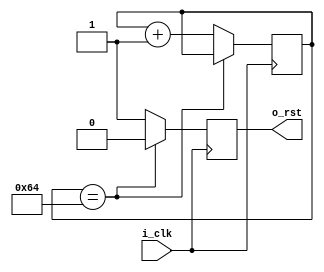
`timescale 1ns / 1ps
//////////////////////////////////////////////////////////////////////////////////
// Company: 
// Engineer: 
// 
// Design Name: 
// Module Name: rst_gen
// Project Name: 
// Target Devices: 
// Tool Versions: 
// Description: 
// 
// Dependencies: 
// 
// Revision:
// Revision 0.01 - File Created
// Additional Comments:
// 
//////////////////////////////////////////////////////////////////////////////////


module rst_gen#(
    parameter     RST_CYCLE = 100
)(
    input           i_clk,
    output          o_rst
);


reg [7:0]   rcnt    =   8'b0;  // 
reg         ro_rst  =   'b1;

assign      o_rst   =   ro_rst;


always @(posedge i_clk)
begin
    if(rcnt == RST_CYCLE || RST_CYCLE == 0)
        ro_rst <= 1'b0;
    else 
        ro_rst <= 1'b1;
end

always@(posedge i_clk)
begin
    if(rcnt == RST_CYCLE || RST_CYCLE == 0)
        rcnt <= rcnt;
    else
        rcnt <= rcnt + 1;
end
endmodule